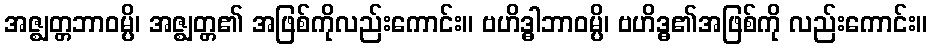
အဇ္ဈတ္တဘာဝမ္ပိ၊ အဇ္ဈတ္တ၏ အဖြစ်ကိုလည်းကောင်း။ ဗဟိဒ္ဓါဘာဝမ္ပိ၊ ဗဟိဒ္ဓ၏အဖြစ်ကို လည်းကောင်း။